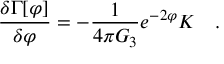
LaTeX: { \frac { \delta \Gamma [ \varphi ] } { \delta \varphi } } = - { \frac { 1 } { 4 \pi G _ { 3 } } } e ^ { - 2 \varphi } K ~ ~ ~ .